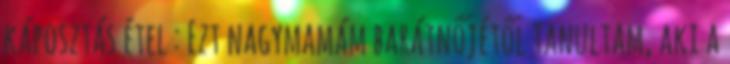
káposztás étel : Ezt nagymamám barátnőjétől tanultam, aki a